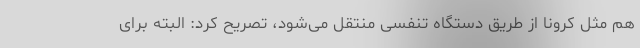
هم مثل کرونا از طریق دستگاه تنفسی منتقل می‌شود، تصریح کرد: البته برای